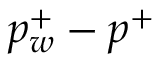
p _ { w } ^ { + } - p ^ { + }